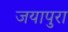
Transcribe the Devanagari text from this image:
जयापुरा